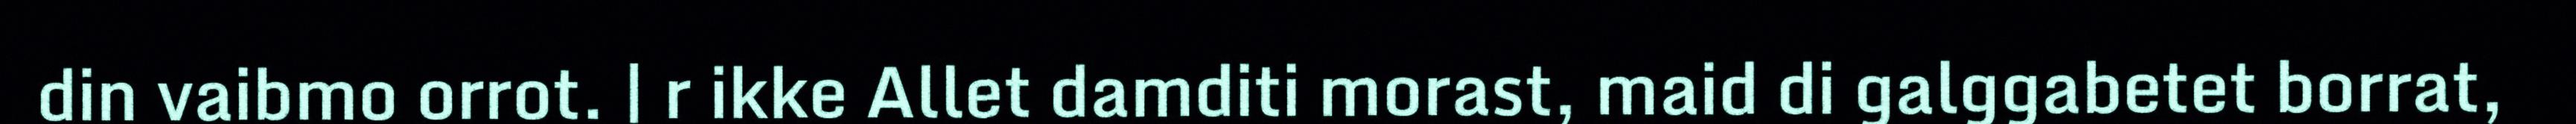
din vaibmo orrot. | r ikke Allet damditi morast, maid di galggabetet borrat,